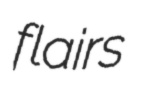
flairs